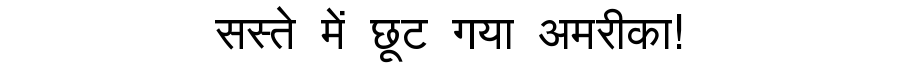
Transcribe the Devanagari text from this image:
सस्ते में छूट गया अमरीका!